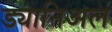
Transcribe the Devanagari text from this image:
ड्यानिअल